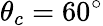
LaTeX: \theta_{c}=60^{\circ}